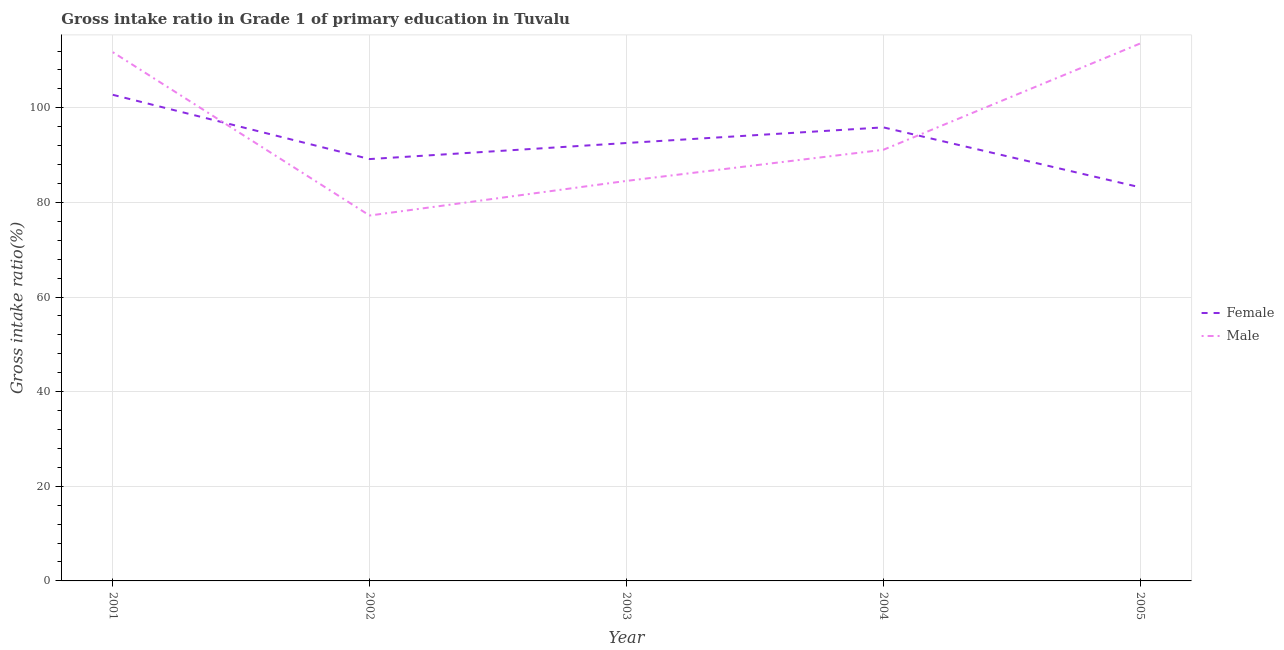
| Year | Female | Male |
 | --- | --- | --- |
 | 2001 | 103 | 112 |
 | 2002 | 89.2 | 77.2 |
 | 2003 | 92.6 | 84.6 |
 | 2004 | 95.9 | 91.1 |
 | 2005 | 83.2 | 114 |